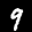
Label: 9